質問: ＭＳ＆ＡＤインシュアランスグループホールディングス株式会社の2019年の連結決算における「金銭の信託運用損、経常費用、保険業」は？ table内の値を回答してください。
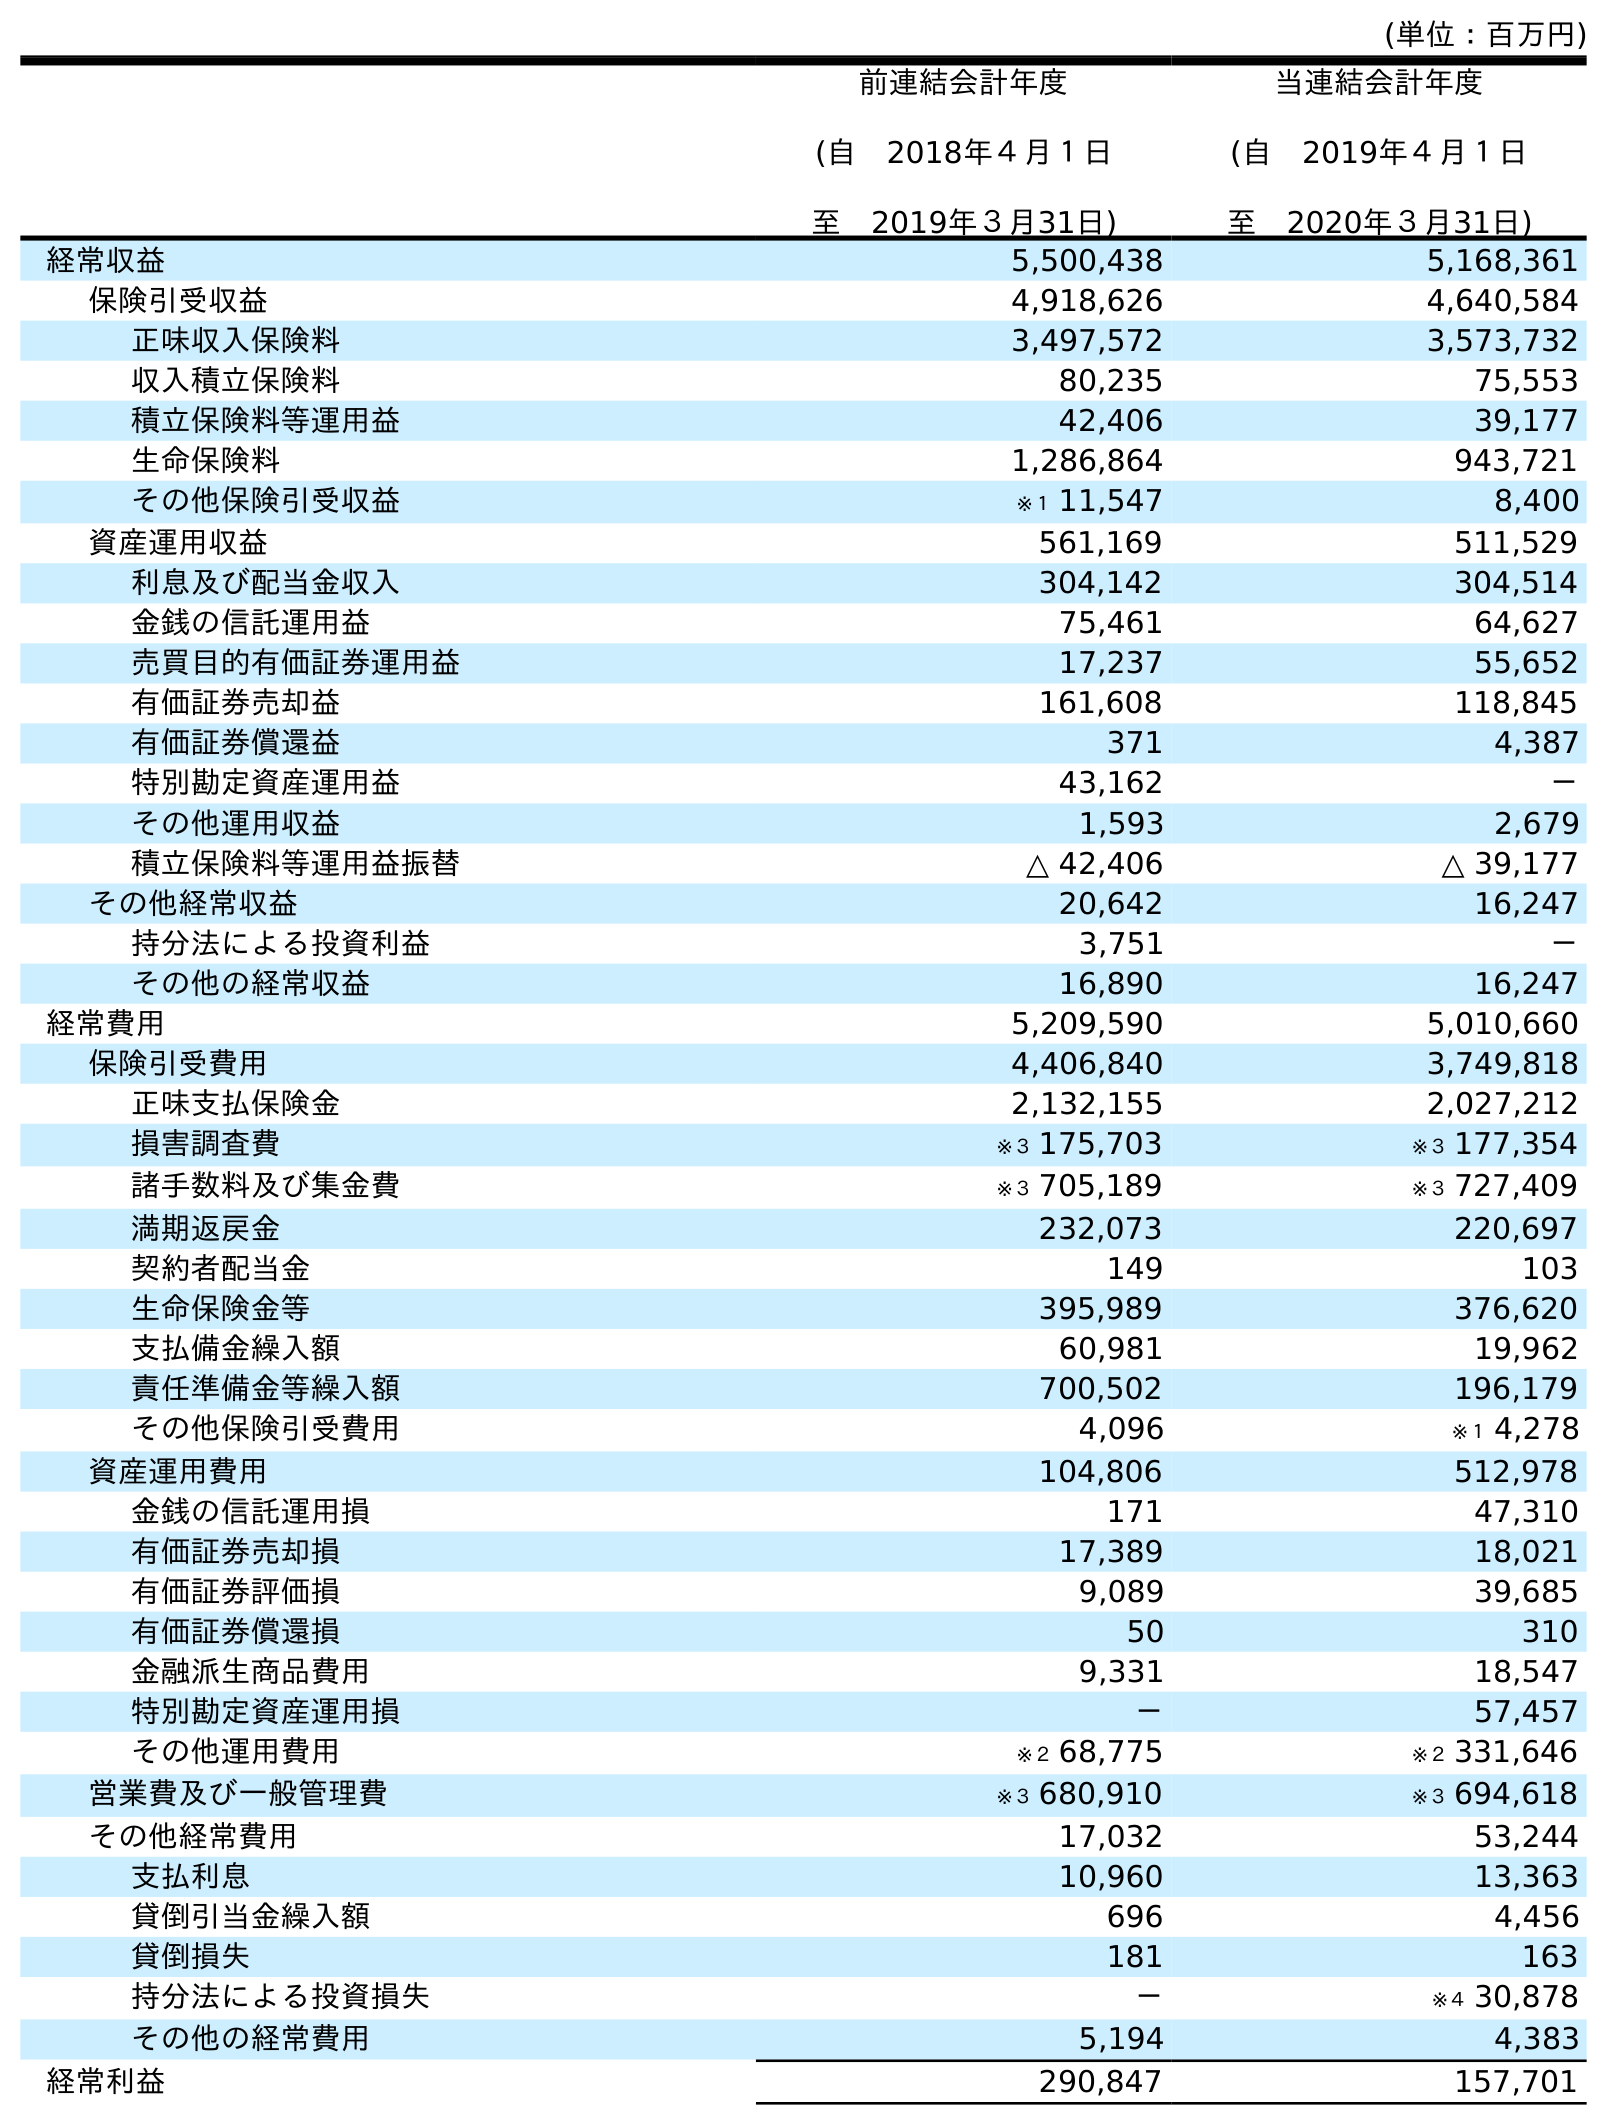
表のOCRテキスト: (単位：百万円) 前連結会計年度 (自 2018年４月１日 至 2019年３月31日) 当連結会計年度 (自 2019年４月１日 至 2020年３月31日) 経常収益 5,500,438 5,168,361 保険引受収益 4,918,626 4,640,584 正味収入保険料 3,497,572 3,573,732 収入積立保険料 80,235 75,553 積立保険料等運用益 42,406 39,177 生命保険料 1,286,864 943,721 その他保険引受収益 ※１ 11,547 8,400 資産運用収益 561,169 511,529 利息及び配当金収入 304,142 304,514 金銭の信託運用益 75,461 64,627 売買目的有価証券運用益 17,237 55,652 有価証券売却益 161,608 118,845 有価証券償還益 371 4,387 特別勘定資産運用益 43,162 － その他運用収益 1,593 2,679 積立保険料等運用益振替 △ 42,406 △ 39,177 その他経常収益 20,642 16,247 持分法による投資利益 3,751 － その他の経常収益 16,890 16,247 経常費用 5,209,590 5,010,660 保険引受費用 4,406,840 3,749,818 正味支払保険金 2,132,155 2,027,212 損害調査費 ※３ 175,703 ※３ 177,354 諸手数料及び集金費 ※３ 705,189 ※３ 727,409 満期返戻金 232,073 220,697 契約者配当金 149 103 生命保険金等 395,989 376,620 支払備金繰入額 60,981 19,962 責任準備金等繰入額 700,502 196,179 その他保険引受費用 4,096 ※１ 4,278 資産運用費用 104,806 512,978 金銭の信託運用損 171 47,310 有価証券売却損 17,389 18,021 有価証券評価損 9,089 39,685 有価証券償還損 50 310 金融派生商品費用 9,331 18,547 特別勘定資産運用損 － 57,457 その他運用費用 ※２ 68,775 ※２ 331,646 営業費及び一般管理費 ※３ 680,910 ※３ 694,618 その他経常費用 17,032 53,244 支払利息 10,960 13,363 貸倒引当金繰入額 696 4,456 貸倒損失 181 163 持分法による投資損失 － ※４ 30,878 その他の経常費用 5,194 4,383 経常利益 290,847 157,701
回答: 171